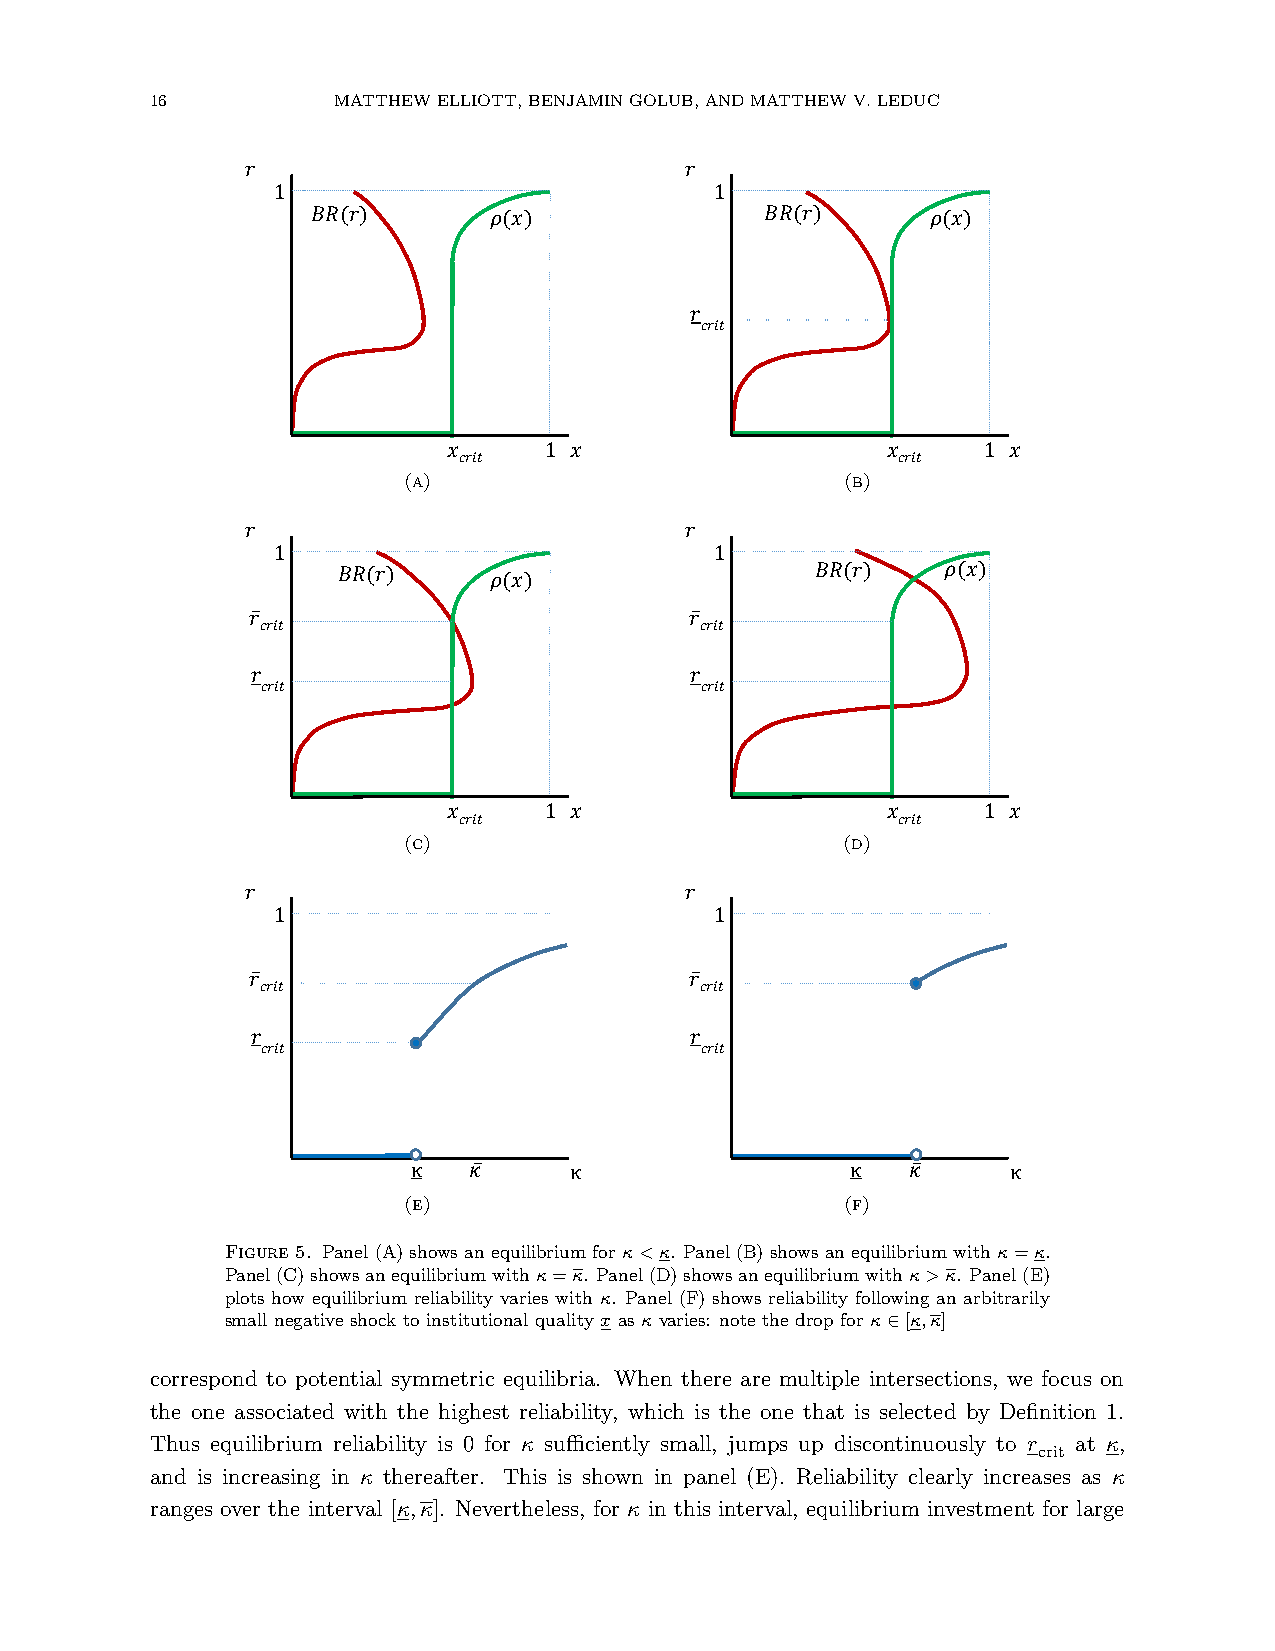
16          MATTHEWELLIOTT,BENJAMINGOLUB,ANDMATTHEWV.LEDUC
 𝑟                            𝑟
 1                            1
 𝐵𝑅(𝑟)      𝜌(𝑥)               𝐵𝑅(𝑟)      𝜌(𝑥)
 𝑟
 𝑐𝑟𝑖𝑡
 𝑥     1 𝑥                    𝑥     1 𝑥
 𝑐𝑟𝑖𝑡                         𝑐𝑟𝑖𝑡
 (a)                          (b)
 𝑟                            𝑟
 1                            1
 𝐵𝑅(𝑟)     𝜌(𝑥)                  𝐵𝑅(𝑟)    𝜌(𝑥)
 𝑟ҧ                           𝑟ҧ
 𝑐𝑟𝑖𝑡                         𝑐𝑟𝑖𝑡
 𝑟                            𝑟
 𝑐𝑟𝑖𝑡                         𝑐𝑟𝑖𝑡
 𝑥     1 𝑥                    𝑥     1 𝑥
 𝑐𝑟𝑖𝑡                         𝑐𝑟𝑖𝑡
 (c)                          (d)
 𝑟                            𝑟
 1                            1
 𝑟ҧ                           𝑟ҧ
 𝑐𝑟𝑖𝑡                         𝑐𝑟𝑖𝑡
 𝑟                            𝑟
 𝑐𝑟𝑖𝑡                         𝑐𝑟𝑖𝑡
 κ   𝜅ҧ     κ                 κ   𝜅ҧ     κ
 (e)                          (f)
 Figure 5. Panel(A)showsanequilibriumforκ<κ. Panel(B)showsanequilibriumwithκ=κ.
 Panel(C)showsanequilibriumwithκ=κ. Panel(D)showsanequilibriumwithκ>κ. Panel(E)
 plots how equilibrium reliability varies with κ. Panel (F) shows reliability following an arbitrarily
 small negative shock to institutional quality x as κ varies: note the drop for κ∈[κ,κ]
 correspond to potential symmetric equilibria. When there are multiple intersections, we focus on
 the one associated with the highest reliability, which is the one that is selected by Definition 1.
 Thus equilibrium reliability is 0 for κ sufficiently small, jumps up discontinuously to r at κ,
 crit
 and is increasing in κ thereafter. This is shown in panel (E). Reliability clearly increases as κ
 ranges over the interval [κ,κ]. Nevertheless, for κ in this interval, equilibrium investment for large